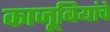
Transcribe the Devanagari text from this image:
काजूबियांचे